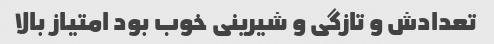
تعدادش و تازگی و شیرینی خوب بود امتیاز بالا